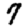
Digit: 7